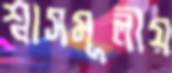
শ্বাসমূলীয়